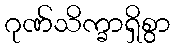
ဂုဏ်သိက္ခာရှိစွာ